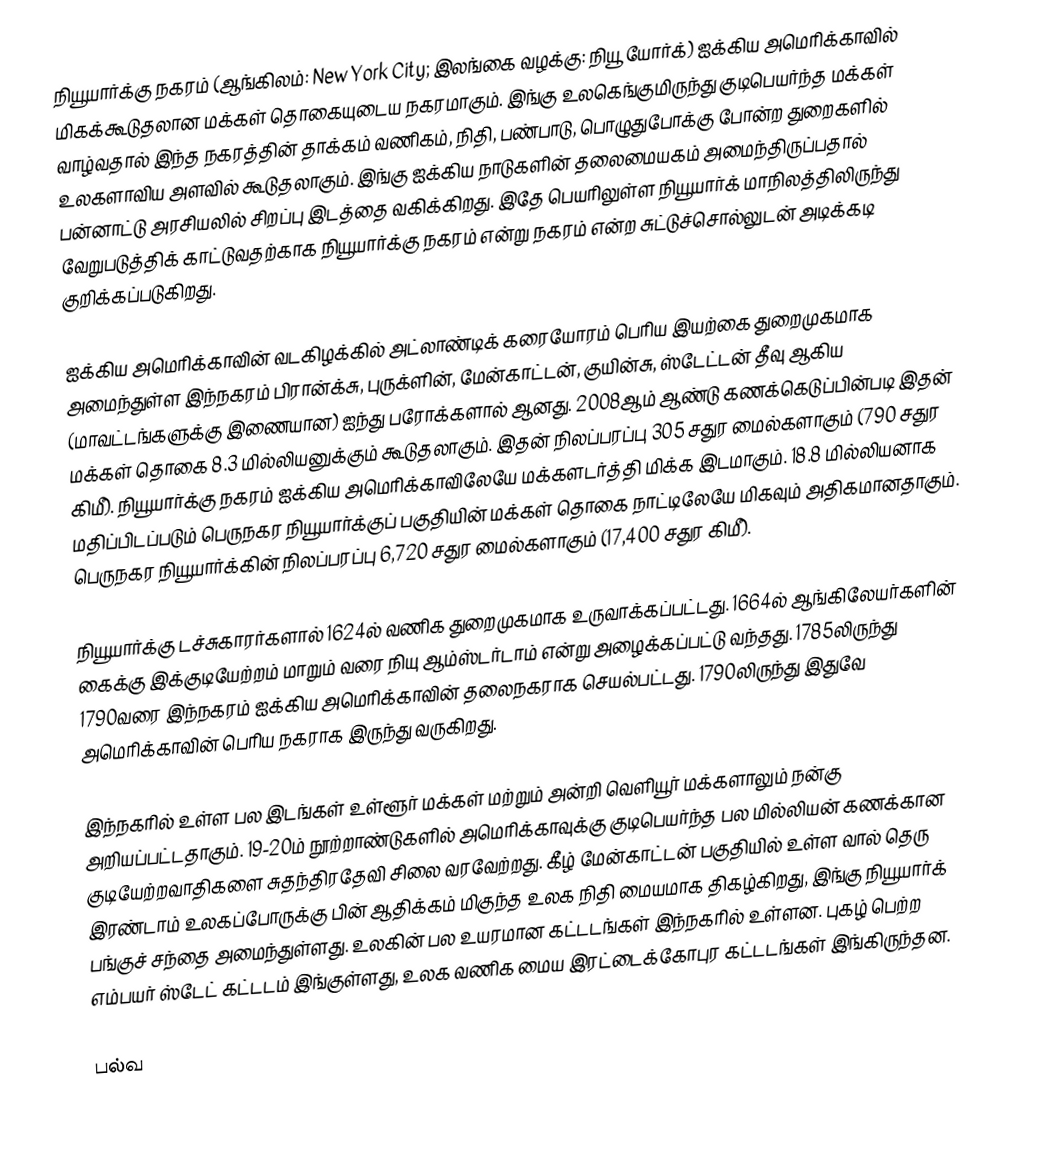
நியூயார்க்கு நகரம் (ஆங்கிலம்: New York City; இலங்கை வழக்கு: நியூ யோர்க்) ஐக்கிய அமெரிக்காவில் மிகக்கூடுதலான மக்கள் தொகையுடைய நகரமாகும்.  இங்கு உலகெங்குமிருந்து குடிபெயர்ந்த மக்கள் வாழ்வதால் இந்த நகரத்தின் தாக்கம் வணிகம், நிதி, பண்பாடு, பொழுதுபோக்கு போன்ற துறைகளில் உலகளாவிய அளவில் கூடுதலாகும்.  இங்கு ஐக்கிய நாடுகளின் தலைமையகம் அமைந்திருப்பதால் பன்னாட்டு அரசியலில்  சிறப்பு இடத்தை வகிக்கிறது. இதே பெயரிலுள்ள நியூயார்க் மாநிலத்திலிருந்து வேறுபடுத்திக் காட்டுவதற்காக நியூயார்க்கு நகரம் என்று நகரம் என்ற சுட்டுச்சொல்லுடன் அடிக்கடி குறிக்கப்படுகிறது.

ஐக்கிய அமெரிக்காவின் வடகிழக்கில் அட்லாண்டிக் கரையோரம் பெரிய இயற்கை துறைமுகமாக அமைந்துள்ள இந்நகரம் பிரான்க்சு, புருக்ளின், மேன்காட்டன், குயின்சு, ஸ்டேட்டன் தீவு ஆகிய  (மாவட்டங்களுக்கு இணையான) ஐந்து பரோக்களால் ஆனது.  2008ஆம் ஆண்டு கணக்கெடுப்பின்படி இதன் மக்கள் தொகை 8.3 மில்லியனுக்கும் கூடுதலாகும். இதன் நிலப்பரப்பு 305 சதுர மைல்களாகும் (790 சதுர கிமீ). நியூயார்க்கு நகரம் ஐக்கிய அமெரிக்காவிலேயே மக்களடர்த்தி மிக்க இடமாகும். 18.8 மில்லியனாக மதிப்பிடப்படும் பெருநகர நியூயார்க்குப் பகுதியின் மக்கள் தொகை நாட்டிலேயே மிகவும் அதிகமானதாகும். பெருநகர நியூயார்க்கின்  நிலப்பரப்பு 6,720 சதுர மைல்களாகும் (17,400 சதுர கிமீ).

நியூயார்க்கு டச்சுகாரர்களால் 1624ல் வணிக துறைமுகமாக உருவாக்கப்பட்டது.  1664ல் ஆங்கிலேயர்களின் கைக்கு இக்குடியேற்றம் மாறும் வரை நியு ஆம்ஸ்டர்டாம் என்று அழைக்கப்பட்டு வந்தது. 1785லிருந்து 1790வரை இந்நகரம் ஐக்கிய அமெரிக்காவின் தலைநகராக செயல்பட்டது. 1790லிருந்து இதுவே அமெரிக்காவின் பெரிய நகராக இருந்து வருகிறது.

இந்நகரில் உள்ள பல இடங்கள் உள்ளூர் மக்கள் மற்றும் அன்றி வெளியூர் மக்களாலும் நன்கு அறியப்பட்டதாகும். 19-20ம் நூற்றாண்டுகளில் அமெரிக்காவுக்கு குடிபெயர்ந்த பல மில்லியன் கணக்கான குடியேற்றவாதிகளை சுதந்திரதேவி சிலை வரவேற்றது.  கீழ் மேன்காட்டன் பகுதியில் உள்ள வால் தெரு இரண்டாம் உலகப்போருக்கு பின் ஆதிக்கம் மிகுந்த உலக நிதி மையமாக திகழ்கிறது, இங்கு நியூயார்க் பங்குச் சந்தை அமைந்துள்ளது. உலகின் பல உயரமான கட்டடங்கள் இந்நகரில் உள்ளன. புகழ் பெற்ற எம்பயர் ஸ்டேட் கட்டடம் இங்குள்ளது, உலக வணிக மைய இரட்டைக்கோபுர கட்டடங்கள் இங்கிருந்தன.

பல்வ